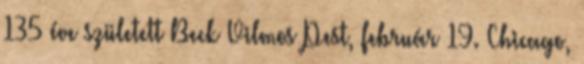
135 éve született Beck Vilmos Pest, február 19. Chicago,